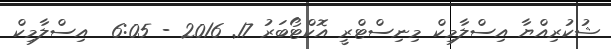
ޝުކުރިއްޔާ އިސްލާމިކް މިނިސްޓްރީ އޮކްޓޯބަރު 17